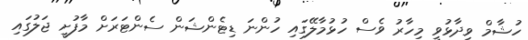
ހުޝާމް ވިދާޅުވީ މިހާރު ވެސް ހުޅުމާލޭގައި ހުންނަ ޑިޓެންޝަން ސެންޓަރަށް މާފުށީ ޖަލުގައި